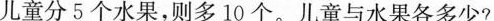
儿童分5个水果，则多10个。儿童与水果各多少?